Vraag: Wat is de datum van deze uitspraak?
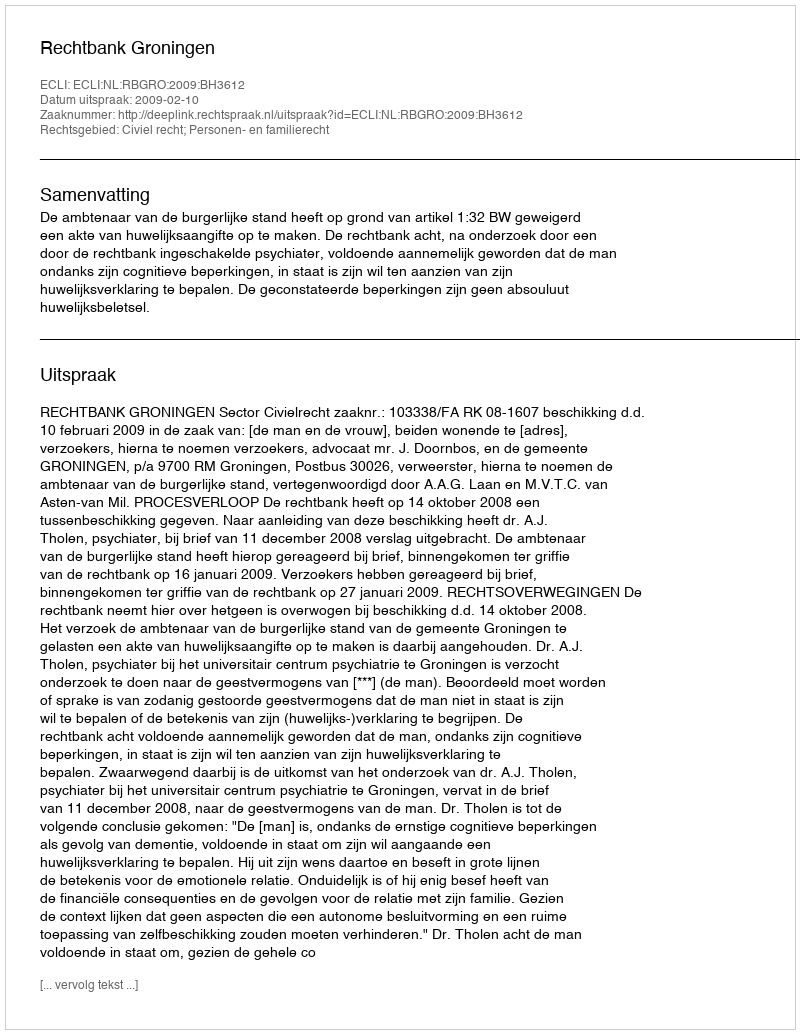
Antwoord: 2009-02-10